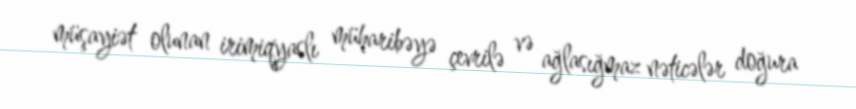
müşayiət olunan irimiqyaslı müharibəyə çevrilə və ağlasığmaz nəticələr doğura